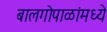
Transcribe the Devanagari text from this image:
बालगोपाळांमध्ये